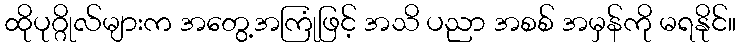
ထိုပုဂ္ဂိုလ်များက အတွေ့အကြုံဖြင့် အသိ ပညာ အစစ် အမှန်ကို မရနိုင်။